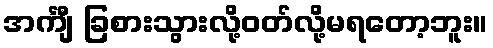
အင်္ကျီ ခြစားသွားလို့ဝတ်လို့မရတော့ဘူး။